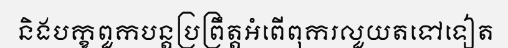
និងបក្ខពួកបន្តប្រព្រឹត្តអំពើពុករលួយតទៅទៀត